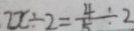
2 x \div 2 = \frac { 4 } { 5 } \div 2